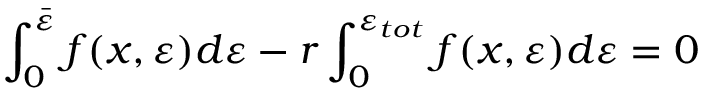
\int _ { 0 } ^ { \bar { \varepsilon } } f ( x , \varepsilon ) d \varepsilon - r \int _ { 0 } ^ { \varepsilon _ { t o t } } f ( x , \varepsilon ) d \varepsilon = 0